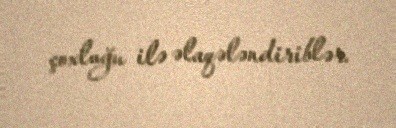
çoxluğu ilə əlaqələndiriblər.